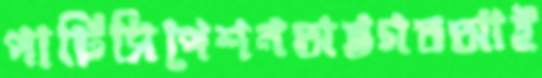
পার্টিসিপেশনঅস্তগতআই